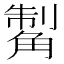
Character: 𧤊